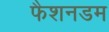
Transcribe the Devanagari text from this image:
फैशनडम